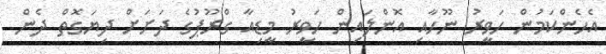
އެހެންކަމުން ހަވީރު ނޫހާއި އޮންލައިން ހަވީރު މީޑިއާ ގްރޫޕުގެ ދަށަށް ދިޔަގޮތް ދެން